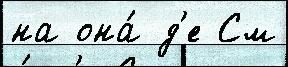
на она́ д'е См